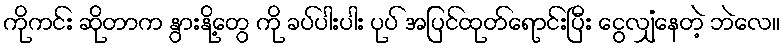
ကိုကင်း ဆိုတာက နွားနို့တွေ ကို ခပ်ပါးပါး ပုပ် အပြင်ထုတ်ရောင်းပြီး ငွေလျှံနေတဲ့ ဘဲလေ။